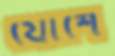
যোশে